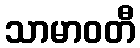
သာမာဝတီ